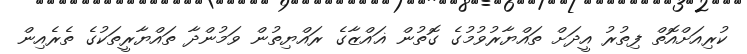
ކުރިއަށްއޮތް ފިތުރު އީދަށް ތައްޔާރުވުމުގެ ގޮތުން ޣައްޒާގެ ރައްޔިތުން ވަމުންދާ ތައްޔާރީތަކުގެ ތެރެއިން